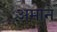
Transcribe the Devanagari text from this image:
अमाने